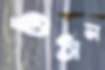
ওঠান